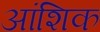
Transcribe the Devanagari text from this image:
अांशिक